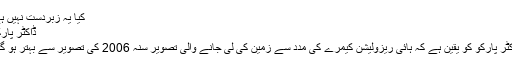
کیا یہ زبردست نہیں ہے
ڈاکٹر پارکو
ڈاکٹر پارکو کو یقین ہے کہ ہائی ریزولیشن کیمرے کی مدد سے زمین کی لی جانے والی تصویر سنہ 2006 کی تصویر سے بہتر ہو گی۔